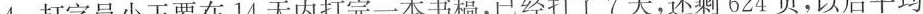
4.打字员小王要在14天内打完一本书稿，已经打了7天，还剩624页，以后平均